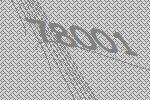
78001